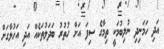
އަދި ހަމަނިދި ނުލިބުމަކީ ތިމާގެ ސިފަ އަށް ހުތުރު ބަދަލުތަކެއް އަދި އަހުލާގަށް